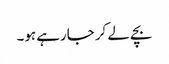
بچے لے کر جارہے ہو۔